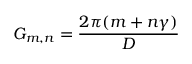
{ G } _ { { m } , { n } } = \frac { 2 \pi ( { m } + { n } \gamma ) } { { D } }